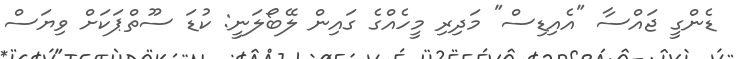
ޑެންގީ ޖައްސާ "އެއިޑިސް" މަދިރި މީހެއްގެ ގައިން ލޭބޯލަނީ: ކުޑަ ސޫތްޕަކަށް ވިޔަސް